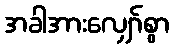
အခါအားလျှော်စွာ